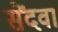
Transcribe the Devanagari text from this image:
सेंदवा